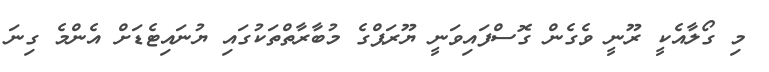
މި ގޯލާއެކީ ރޫނީ ވެގެން ގޮސްފައިވަނީ ޔޫރަޕްގެ މުބާރާތްތަކުގައި ޔުނައިޓެޑަށް އެންމެ ގިނަ